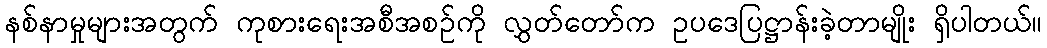
နစ်နာမှုများအတွက် ကုစားရေးအစီအစဉ်ကို လွှတ်တော်က ဥပဒေပြဋ္ဌာန်းခဲ့တာမျိုး ရှိပါတယ်။